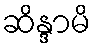
ဆိန္ဒာမိ